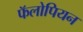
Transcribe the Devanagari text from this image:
फॅलोपियन